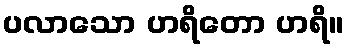
ပလာသော ဟရိတော ဟရိ။